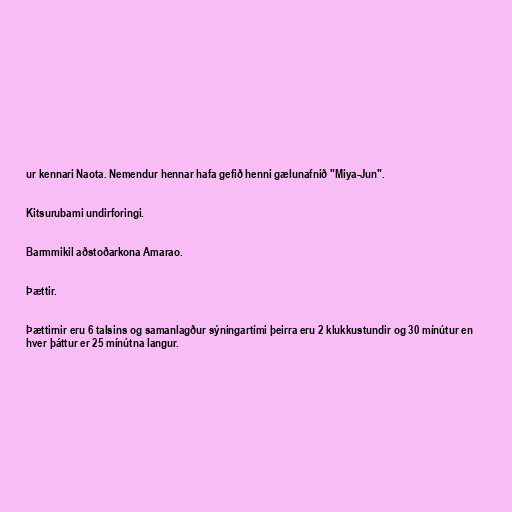
ur kennari Naota. Nemendur hennar hafa gefið henni gælunafnið "Miya-Jun".

Kitsurubami undirforingi.

Barmmikil aðstoðarkona Amarao.

Þættir.

Þættirnir eru 6 talsins og samanlagður sýningartími þeirra eru 2 klukkustundir og 30 mínútur en
hver þáttur er 25 mínútna langur.